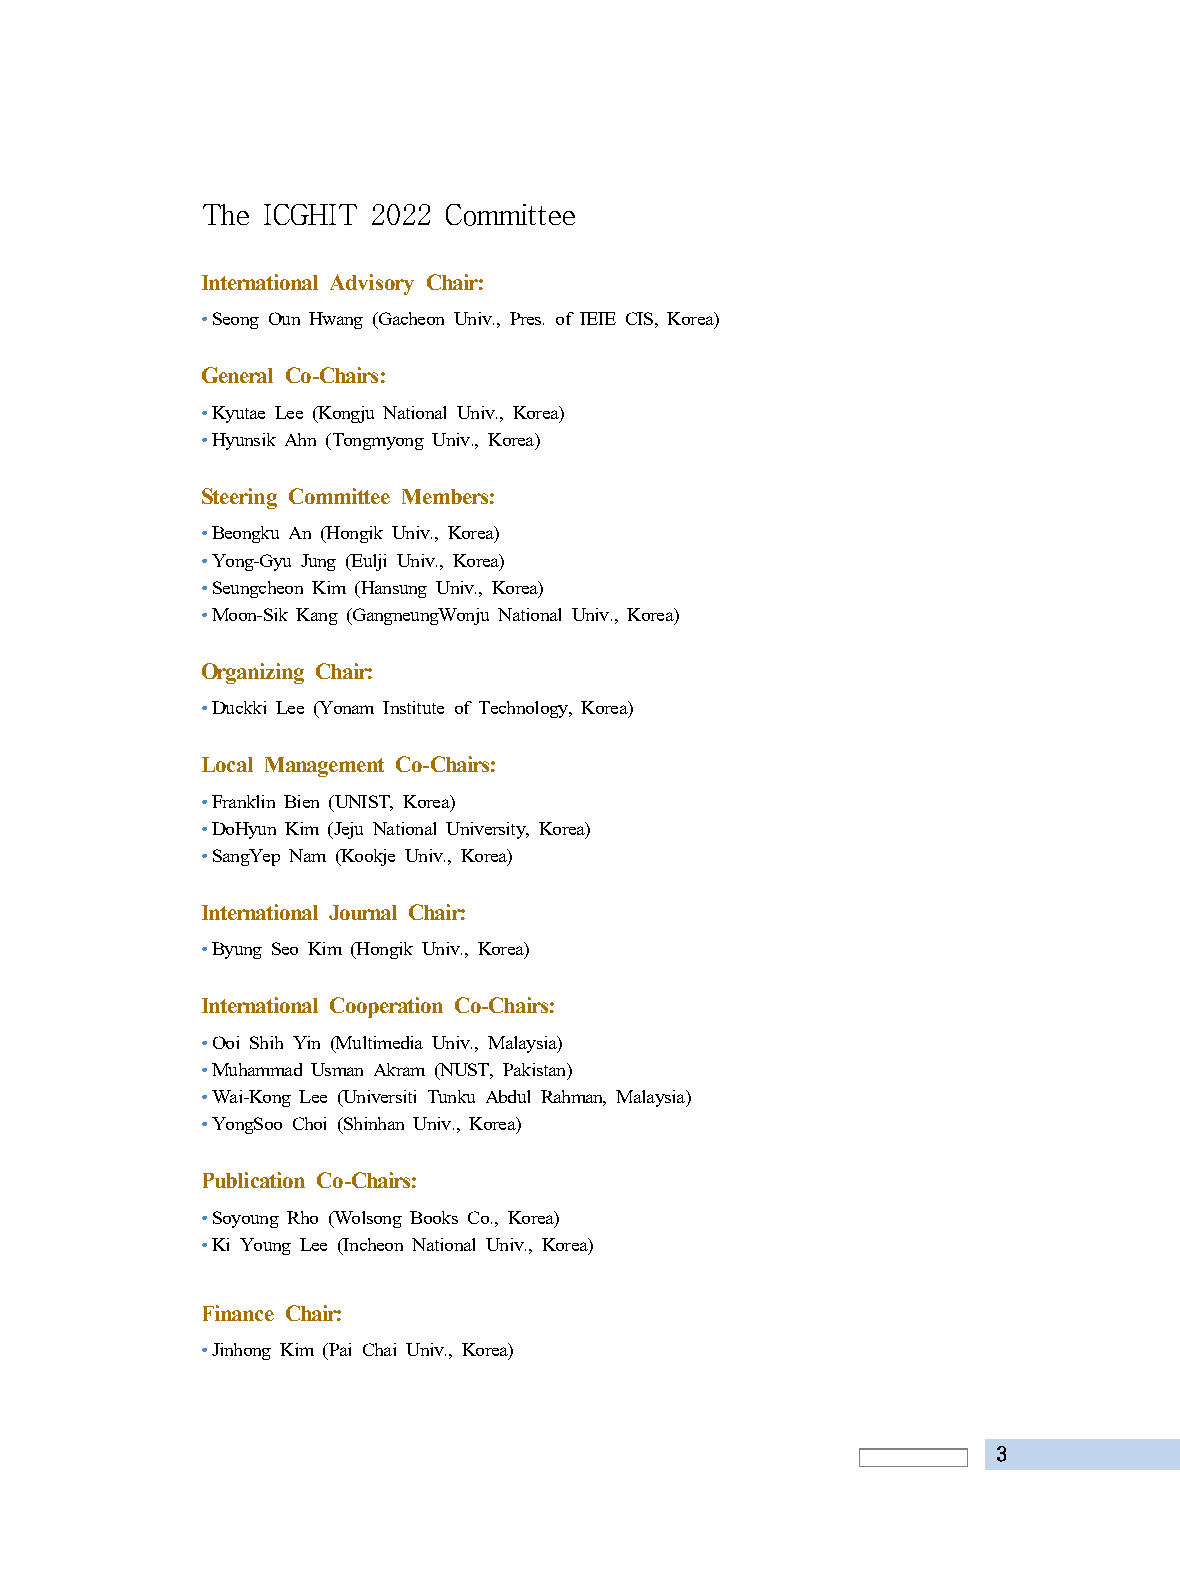
The ICGHIT 2022 Committee
 International Advisory Chair:
 •Seong Oun Hwang (Gacheon Univ., Pres. of IEIE CIS, Korea)
 General Co-Chairs:
 •Kyutae Lee (Kongju National Univ., Korea)
 •Hyunsik Ahn (Tongmyong Univ., Korea)
 Steering Committee Members:
 •Beongku An (Hongik Univ., Korea)
 •Yong-Gyu Jung (Eulji Univ., Korea)
 •Seungcheon Kim (Hansung Univ., Korea)
 •Moon-Sik Kang (GangneungWonju National Univ., Korea)
 Organizing Chair:
 •Duckki Lee (Yonam Institute of Technology, Korea)
 Local Management Co-Chairs:
 •Franklin Bien (UNIST, Korea)
 •DoHyun Kim (Jeju National University, Korea)
 •SangYep Nam (Kookje Univ., Korea)
 International Journal Chair:
 •Byung Seo Kim (Hongik Univ., Korea)
 International Cooperation Co-Chairs:
 •Ooi Shih Yin (Multimedia Univ., Malaysia)
 •Muhammad Usman Akram (NUST, Pakistan)
 •Wai-Kong Lee (Universiti Tunku Abdul Rahman, Malaysia)
 •YongSoo Choi (Shinhan Univ., Korea)
 Publication Co-Chairs:
 •Soyoung Rho (Wolsong Books Co., Korea)
 •Ki Young Lee (Incheon National Univ., Korea)
 Finance Chair:
 •Jinhong Kim (Pai Chai Univ., Korea)
 3